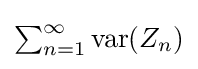
\textstyle \sum _{n=1}^{\infty }\mathrm {var} (Z_{n})